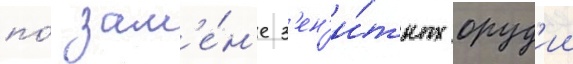
по́ зам'е́н'е з'ен'и́тных оруд'ии